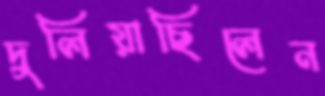
দুলিয়াছিলেন